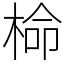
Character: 椧